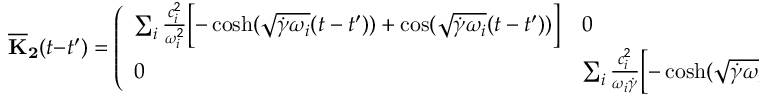
\mathbf { { \overline { { K } } _ { 2 } } } ( t - t ^ { \prime } ) = \left( \begin{array} { l l } { \sum _ { i } \frac { c _ { i } ^ { 2 } } { \omega _ { i } ^ { 2 } } \Bigl [ - \cosh ( \sqrt { \dot { \gamma } \omega _ { i } } ( t - t ^ { \prime } ) ) + \cos ( \sqrt { \dot { \gamma } \omega _ { i } } ( t - t ^ { \prime } ) ) \Bigr ] } & { 0 } \\ { 0 } & { \sum _ { i } \frac { c _ { i } ^ { 2 } } { \omega _ { i } \dot { \gamma } } \Bigl [ - \cosh ( \sqrt { \dot { \gamma } \omega _ { i } } ( t - t ^ { \prime } ) ) + \cos ( \sqrt { \dot { \gamma } \omega _ { i } } ( t - t ^ { \prime } ) ) \Bigr ] } \end{array} \right) .